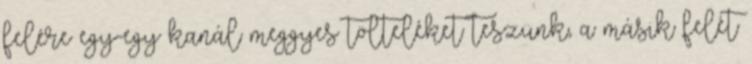
felére egy-egy kanál meggyes tölteléket teszünk, a másik felét